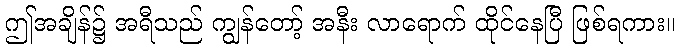
ဤအချိန်၌ အရီသည် ကျွန်တော့် အနီး လာရောက် ထိုင်နေပြီ ဖြစ်ရကား။